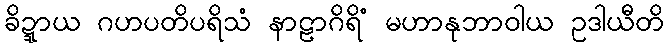
ခိဍ္ဍာယ ဂဟပတိပရိသံ နာဠာဂိရိံ မဟာနုဘာဝါယ ဥဒါယီတိ